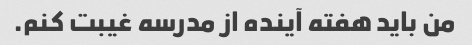
من باید هفته آینده از مدرسه غیبت کنم.